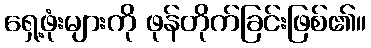
ရှေ့ဖုံးများကို ဖုန်တိုက်ခြင်းဖြစ်၏။